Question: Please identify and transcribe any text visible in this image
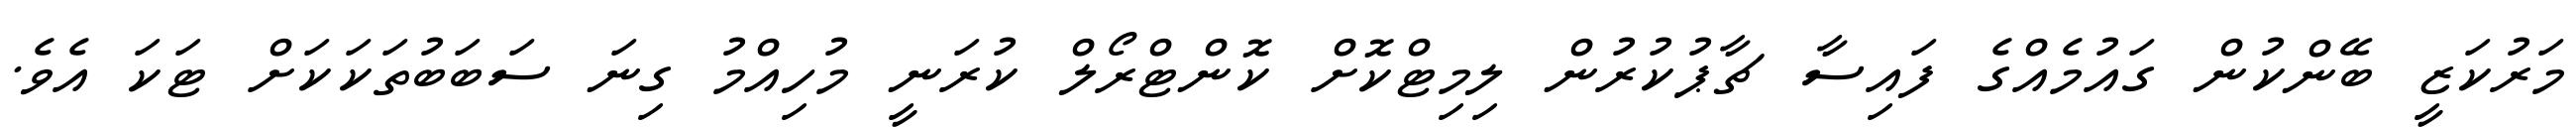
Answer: މަރުކަޒީ ބޭންކުން ގައުމެއްގެ ފައިސާ ޗާޕުކުރުން ލިމިޓްކޮށް ކޮންޓްރޯލް ކުރަނީ މުހިއްމު ގިނަ ސަބަބުތަކަކަށް ޓަކަ އެވެ.